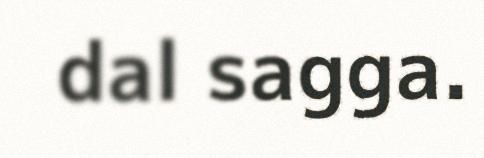
dal sagga.